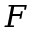
F